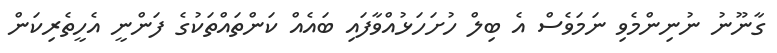
ގާނޫނު ނުނިންމެވި ނަމަވެސް އެ ބިލް ހުށަހަޅުއްވާފައި ބައެއް ކަންތައްތަކުގެ ފަންނީ އެހީތެރިކަން